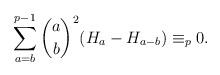
LaTeX: \begin{align*} \sum_{a=b}^{p-1}\binom{a}b^2(H_a-H_{a-b})\equiv_p 0.\end{align*}